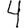
Digit: 4